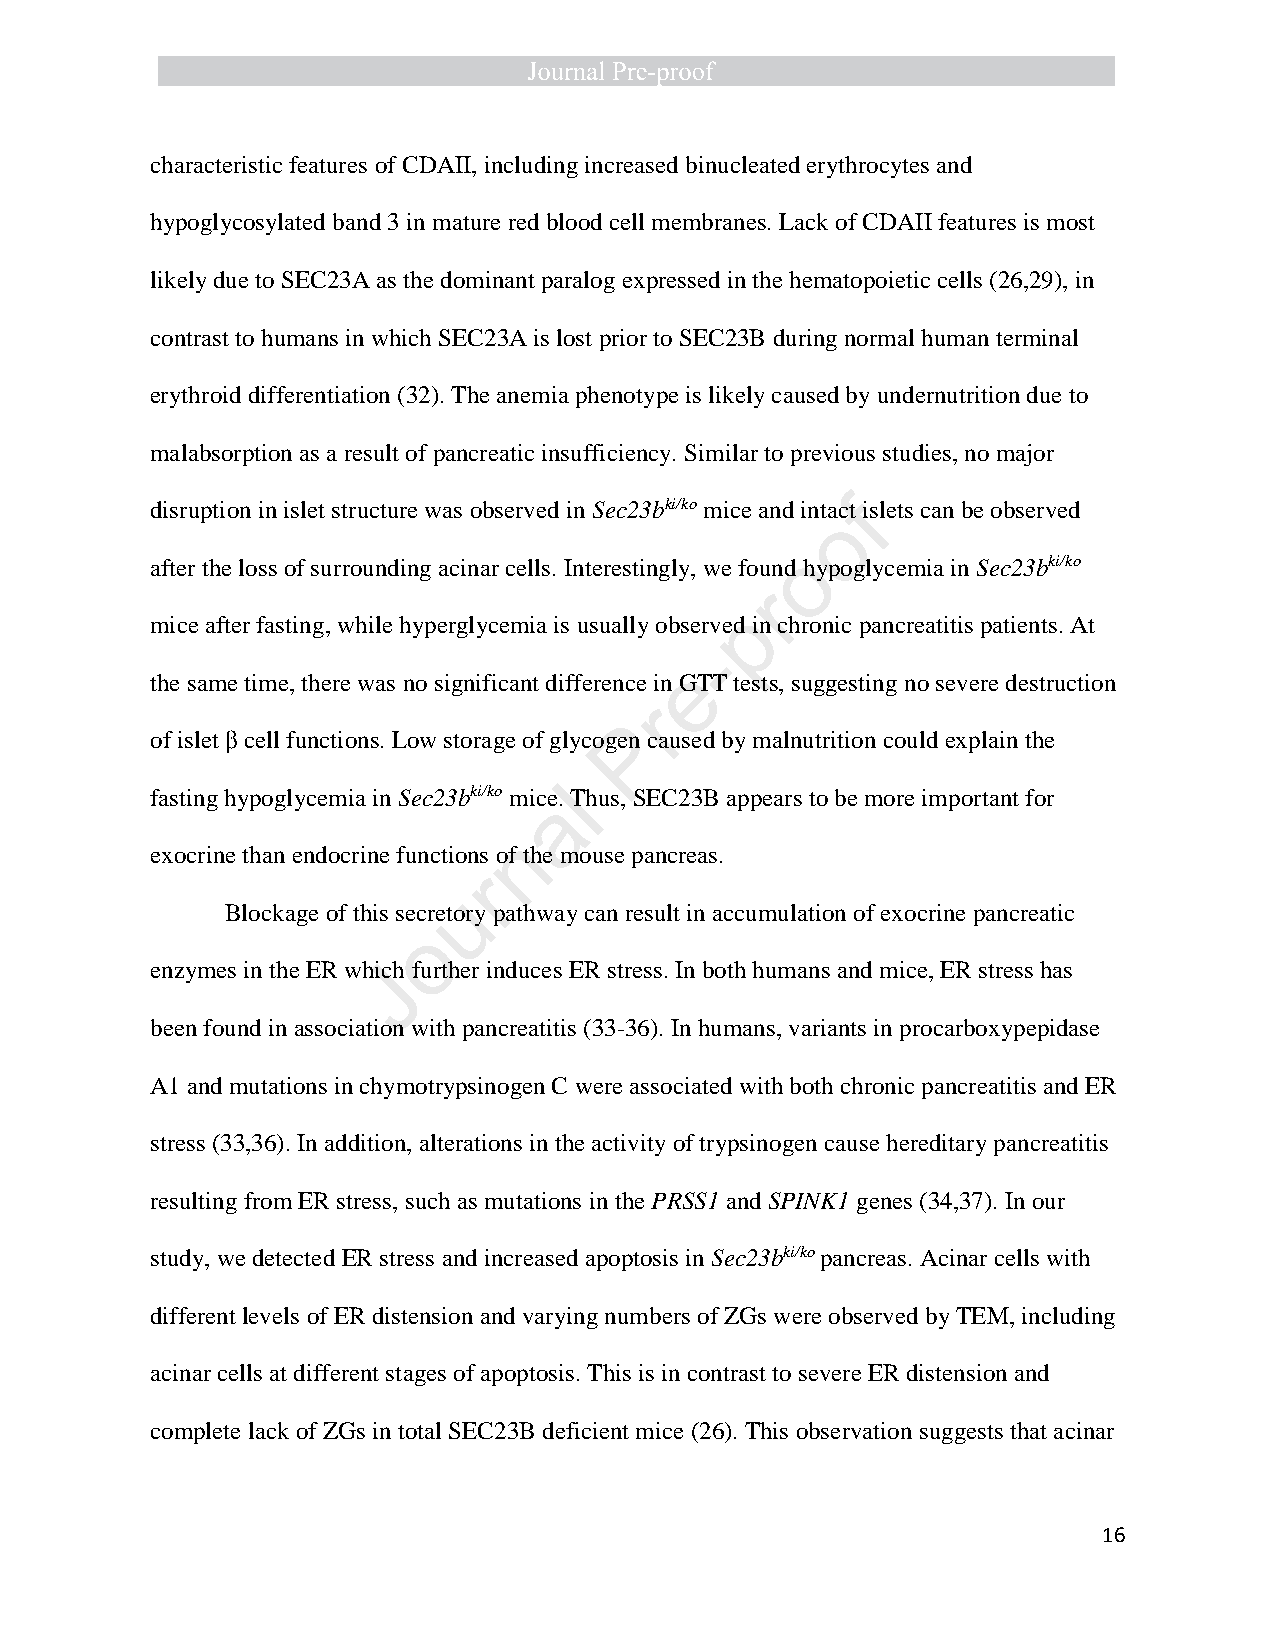
characteristic features of CDAII, including increased binucleated erythrocytes and
 hypoglycosylated band 3 in mature red blood cell membranes. Lack of CDAII features is most
 likely due to SEC23A as the dominant paralog expressed in the hematopoietic cells (26,29), in
 contrast to humans in which SEC23A is lost prior to SEC23B during normal human terminal
 erythroid differentiation (32). The anemia phenotype is likely caused by undernutrition due to
 malabsorption as a result of pancreatic insufficiency. Similar to previous studies, no major
 disruption in islet structure was observed in Sec23bki/ko mice and intactf islets can be observed
 o
 after the loss of surrounding acinar cells. Interestingly, we found o hypoglycemia in Sec23bki/ko
 r
 p
 mice after fasting, while hyperglycemia is usually observed in chronic pancreatitis patients. At
 -
 e
 the same time, there was no significant difference in GTT tests, suggesting no severe destruction
 r
 P
 of islet β cell functions. Low storage of glycogen caused by malnutrition could explain the
 fasting hypoglycemia in Sec23bki/ko mice. lThus, SEC23B appears to be more important for
 a
 n
 exocrine than endocrine functions of the mouse pancreas.
 r
 u
 Blockage of this secretory pathway can result in accumulation of exocrine pancreatic
 o
 enzymes in the ER whicJh further induces ER stress. In both humans and mice, ER stress has
 been found in association with pancreatitis (33-36). In humans, variants in procarboxypepidase
 A1 and mutations in chymotrypsinogen C were associated with both chronic pancreatitis and ER
 stress (33,36). In addition, alterations in the activity of trypsinogen cause hereditary pancreatitis
 resulting from ER stress, such as mutations in the PRSS1 and SPINK1 genes (34,37). In our
 study, we detected ER stress and increased apoptosis in Sec23bki/ko pancreas. Acinar cells with
 different levels of ER distension and varying numbers of ZGs were observed by TEM, including
 acinar cells at different stages of apoptosis. This is in contrast to severe ER distension and
 complete lack of ZGs in total SEC23B deficient mice (26). This observation suggests that acinar
 16